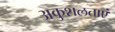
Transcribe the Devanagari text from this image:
अकुशलताएं